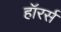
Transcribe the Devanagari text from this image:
हॉरर्स